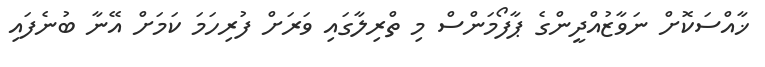
ޚާއްސަކޮށް ނަވާޒުއްދީންގެ ޕާފޯމަންސް މި ތްރިލާގައި ވަރަށް ފުރިހަމަ ކަމަށް އޭނާ ބުނެފައި